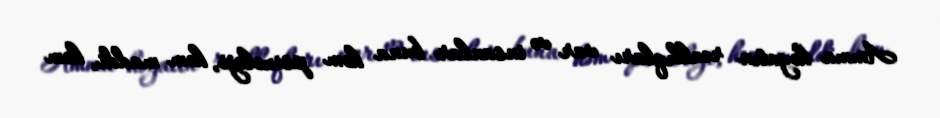
Amma həyatın reallıqları var və insanlar buna həm psixoloji, həm maddi, həm